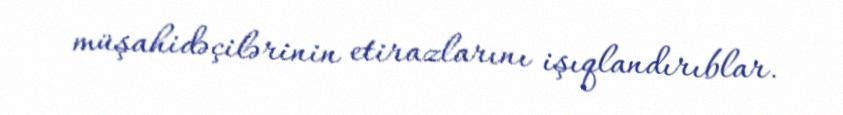
müşahidəçilərinin etirazlarını işıqlandırıblar.